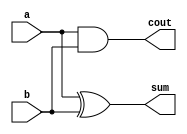
`timescale 1ns / 1ps
//////////////////////////////////////////////////////////////////////////////////
// Company: 
// Engineer: 
// 
// Design Name: 
// Module Name: myinv
// Project Name: 
// Target Devices: 
// Tool Versions: 
// Description: 
// 
// Dependencies: 
// 
// Revision:
// Revision 0.01 - File Created
// Additional Comments:
// 
//////////////////////////////////////////////////////////////////////////////////

//-----------------Half Adder----------------------------------
module myinv(a, b, sum, cout);  
input a, b; 
output sum, cout; 
xor u1(sum, a, b); 
and u2(cout, a, b); 
endmodule
//----------------Full Adder-------------------------------
module fa( a, b, cin, cout, sum); 
input a, b, cin; 
output cout, sum; 

wire m, n, p; 

myinv g1(.a(a), .b(b), .cout(n), .sum(m)); 
myinv g2(.a(m), .b(cin), .cout(p), .sum(sum)); 

assign cout = p|n; 
endmodule  
//---------------- Multiplier ----------------------------- 
//x2, x1, x0, y2, y1, y0, p5, p4, p3, p2, p1, p0
module multi( x2, x1, x0,y2, y1, y0, p0, p1, p2, p3, p4, p5); 
input  x2, x1, x0,y2, y1, y0; 
output p0, p1, p2, p3, p4, p5; 

wire c1, c2, c3, c4, c5,c6,t1, t2, t3, t4, t5, t6, t7, t8, t9, d1, d2; 
  
and s1(t1, y0, x0); 
and s2(t2, y0, x1); 
and s3(t3, y0, x2); 
and s4(t4, y1, x0); 
and s5(t5, y1, x1); 
and s6(t6, y1, x2); 
and s7(t7, y2, x0); 
and s8(t8, y2, x1);
and s9(t9, y2, x2);
   
myinv g1(.a(t4), .b(t2), .cout(c1), .sum(p1)); 
fa g2(.a(t5), .b(t3), .cin(c1),  .cout(c2), .sum(d1)); 
myinv g3(.a(c2), .b(t6), .cout(c3), .sum(d2)); // check input 
myinv g4(.a(t7), .b(d1), .cout(c4), .sum(p2));
fa g5(.a(t8), .b(d2),.cin(c4), .cout(c5), .sum(p3));
fa g6(.a(t9), .b(c3),.cin(c5), .cout(c6), .sum(p4));

assign p0 = t1;  
assign p5 = c6;  
endmodule